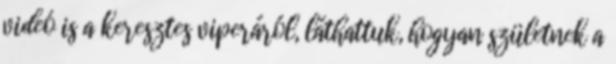
videó is a keresztes viperáról, láthattuk, hogyan születnek a